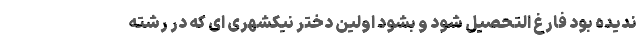
ندیده بود فارغ التحصیل شود و بشود اولین دختر نیکشهری ای که در رشته